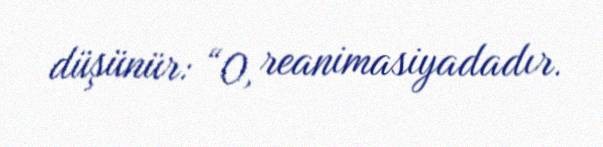
düşünür: “O, reanimasiyadadır.